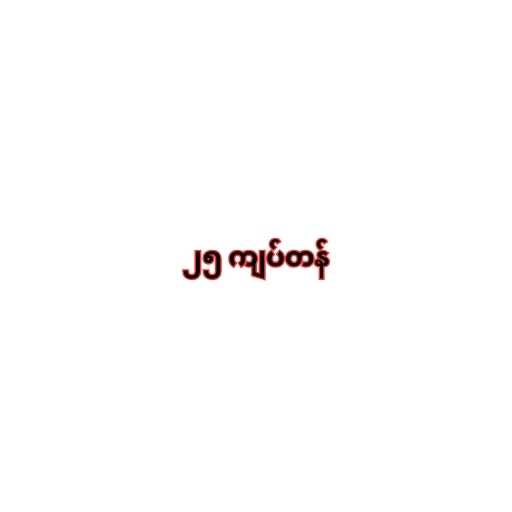
၂၅ ကျပ်တန်